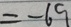
= - 6 9